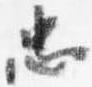
忠